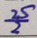
\frac { 2 5 } { 2 }